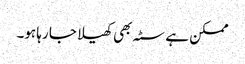
ممکن ہے سٹہ بھی کھیلا جا رہا ہو۔